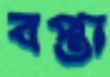
বপ্তা